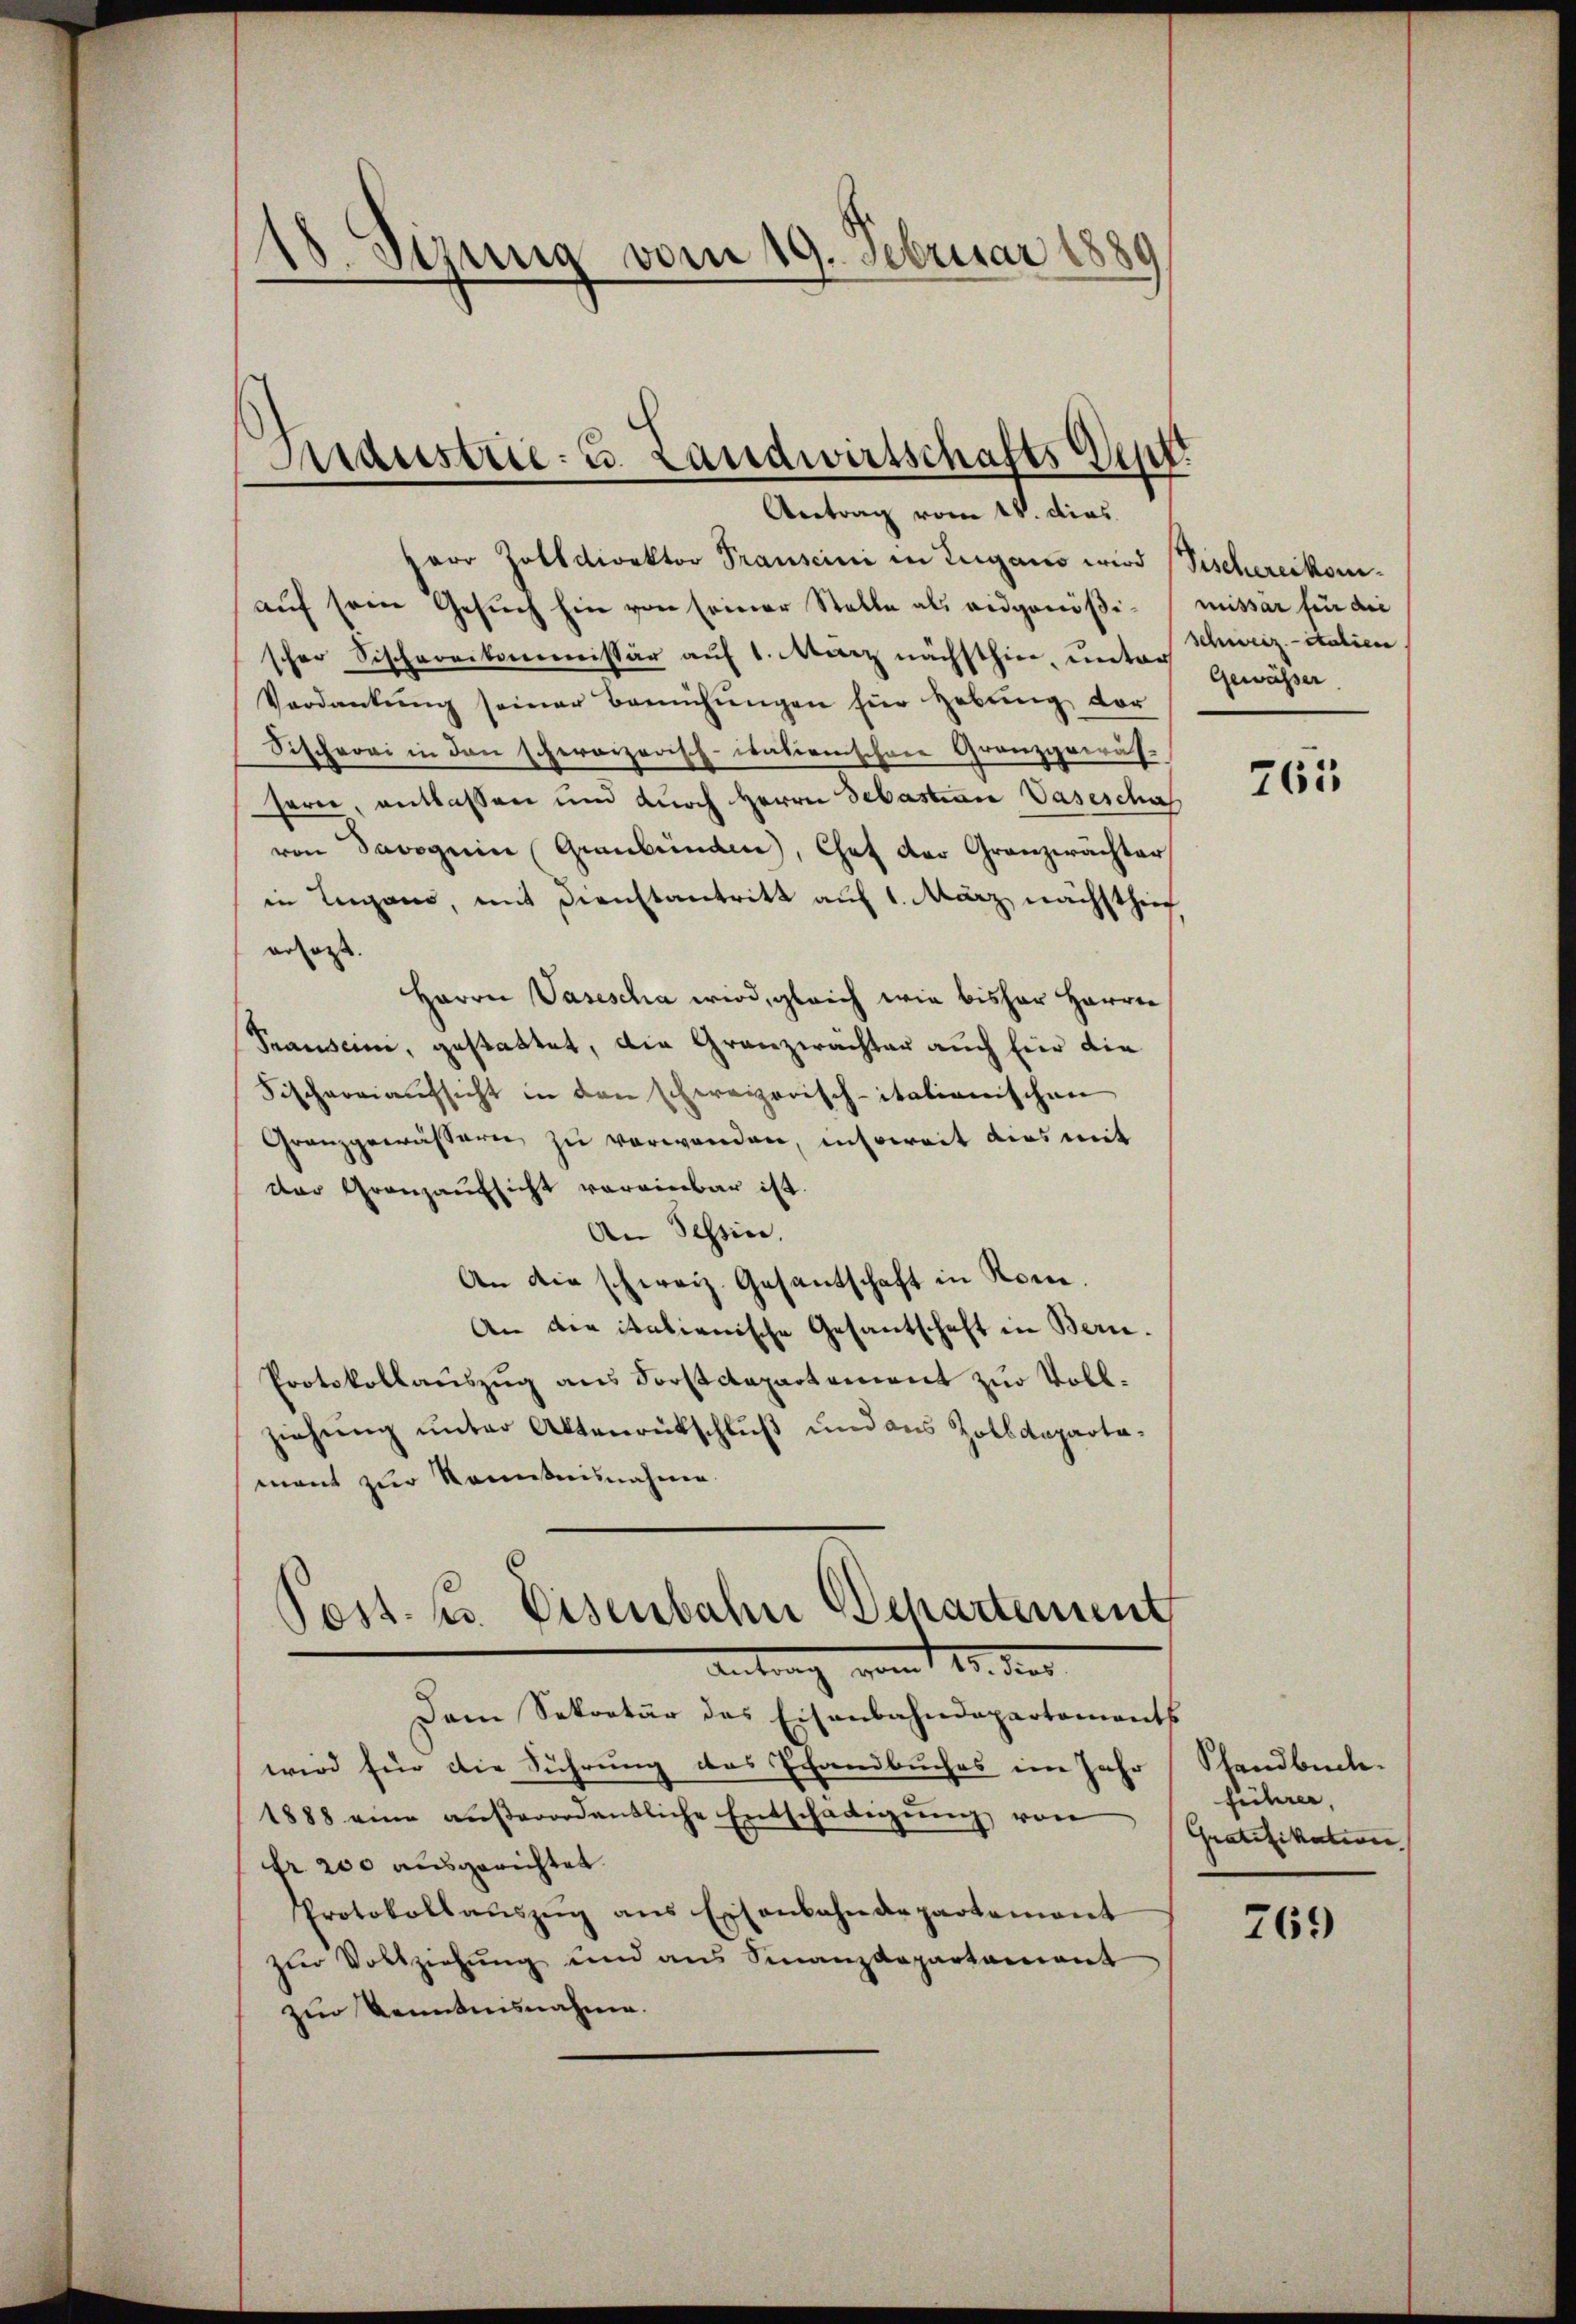
18. Sizung vom 19. Februar 1889

paar Zolldirektor Pranscini in Lugano wird (Vischereikomauf sein Gesŭch hin von seiner Stelle als eidgenößi-missär für die
scher Sischereikommissär auf 1. März nächsthier, untag gewässer.
Verdankŭng seiner Bemühŭngen für Hebŭng vor
Sitchroni in den scheroizerisch-iationschen Granzgewäs-
serie, entlassen und durch Herrn Sebastian Vaseschaf
von Davoguin Graubünden, Chef der Granzerächter
in Lugano, mit Dienstantritt auf 1. März nächsthier
erlass.
Herrn Vasescha wird, gleich wie bisher Harrer
Prausein, gestattet, die Granzwächter auch fier die
Fischereiaufsicht in den schweizerisch-itationischen
Granzgewässern zu verwenden, insoweit dies mit
Der Granzaufsicht voreinbar ist.
An Schin.
An die schweiz. Gesantschaft in Rone.
An die italienische Gesantschaft in Bern.
Protokollauszug aus Forstdepartement zur Vollziehŭng ŭnter Aktenrückschluß und aus Zolldepartamant zur Kenntnisnahme.
Post. u. Eisenbahn Departement
Antrag vom 15. dens
Dem Sekretär des Eisenbahndepartaments
wird für die Führung des Pfandbuches in Jahr
1888 eine aŭβerordentliche Entschädigŭng von
Er 200 ausgerichtet
Protokollaŭszŭg ans Eisenbahndepartement
zŭr Vollziehŭng und ans Sinanzdepartament
zur Kenntnisnahme.

Maustrie- u. Landwirtschafts Vent
Antrag vom 18. dies

Schweiz. italien

765

Standbuch.
führer,
Gratifikation |

769